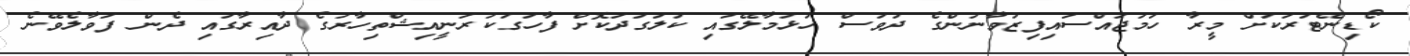
ކޯޑިނޭޓަރަކަށް މީރާ ހަމަޖައްސައިފިޒުވާނުންގެ ދުވަސް ހުޅުމާލޭގައި ކުލަގަދަކޮށް ފާހަގަކުރަނީއިޝްތިހާރުގެ ދާއިރާގައި ދެން ފަވާލެވޭނެ